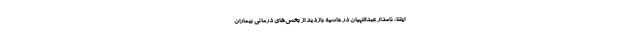
ایلنا، نامدار عبداللهیان در حاشیه بازدید از بخش‌های درمانی بیماران